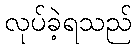
လုပ်ခဲ့ရသည်